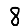
Digit: 8